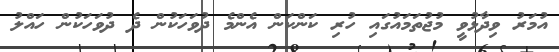
އުމަރު ވިދާޅުވީ މުޖުތަމައުގައި ހުރި ކަންކަން އެންމެ ދުވަހަކުން ދެ ދުވަހަކުން ހައްލު